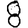
Digit: 8